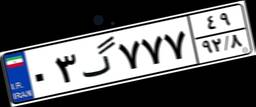
۰۳گ۷۷۷۴۹